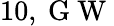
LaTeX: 10,\mathrm{~G~W~}